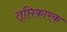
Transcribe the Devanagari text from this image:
तृप्तिकारक